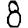
Digit: 8